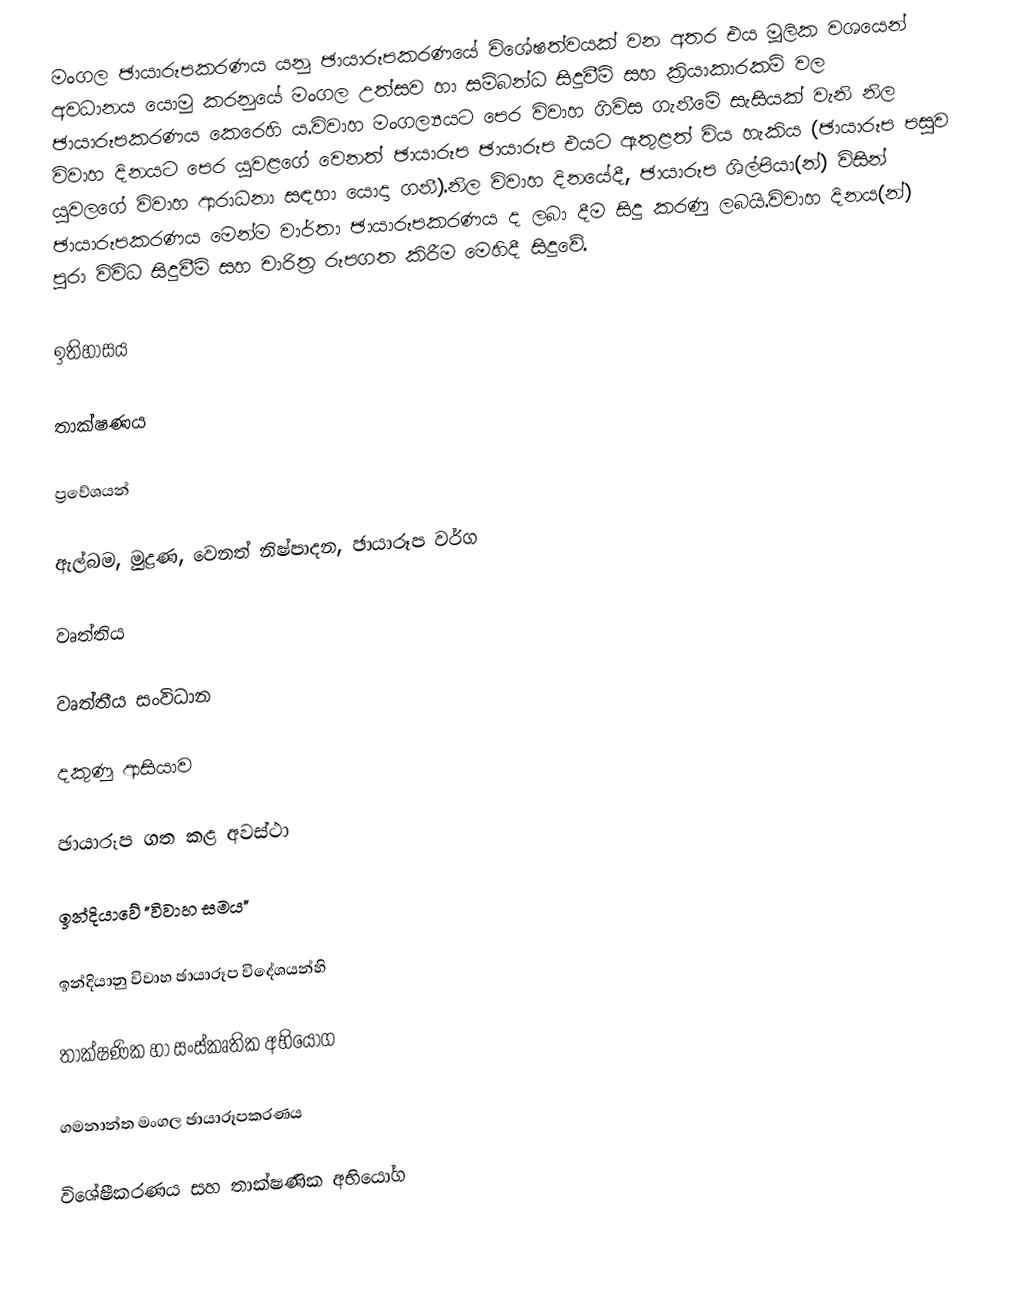
මංගල ඡායාරූපකරණය යනු ඡායාරූපකරණයේ විශේෂත්වයක් වන අතර එය මූලික වශයෙන් අවධානය යොමු කරනුයේ මංගල උත්සව හා සම්බන්ධ සිදුවීම් සහ ක්‍රියාකාරකම් වල ඡායාරූපකරණය කෙරෙහි ය.විවාහ මංගල්‍යයට පෙර විවාහ ගිවිස ගැනීමේ සැසියක් වැනි නිල විවාහ දිනයට පෙර යුවළගේ වෙනත් ඡායාරූප ඡායාරූප එයට ඇතුළත් විය හැකිය (ඡායාරූප පසුව යුවලගේ විවාහ ආරාධනා සඳහා යොදා ගනී).නිල විවාහ දිනයේදී, ඡායාරූප ශිල්පියා(න්) විසින් ඡායාරූපකරණය මෙන්ම වාර්තා ඡායාරූපකරණය ද ලබා දීම සිදු කරණු ලබයි.විවාහ දිනය(න්) පුරා විවිධ සිදුවීම් සහ චාරිත්‍ර රූපගත කිරීම මෙහිදී සිදුවේ.

ඉතිහාසය

තාක්ෂණය

ප්‍රවේශයන්

ඇල්බම, මුද්‍රණ, වෙනත් නිෂ්පාදන, ඡායාරූප වර්ග

වෘත්තිය

වෘත්තීය සංවිධාන

දකුණු ආසියාව

ඡායාරූප ගත කළ අවස්ථා

ඉන්දියාවේ "විවාහ සමය"

ඉන්දියානු විවාහ ඡායාරූප විදේශයන්හි

තාක්ෂණික හා සංස්කෘතික අභියෝග

ගමනාන්ත මංගල ඡායාරූපකරණය

විශේෂීකරණය සහ තාක්ෂණික අභියෝග